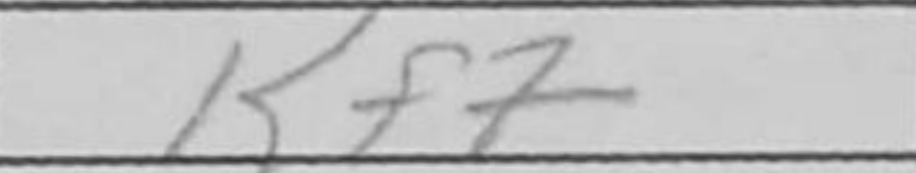
Transcription: Kf7